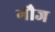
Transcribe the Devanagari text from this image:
गौज